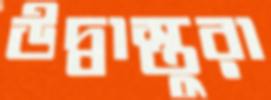
উদ্বাস্তুরা